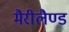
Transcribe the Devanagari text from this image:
मैरीलैण्ड